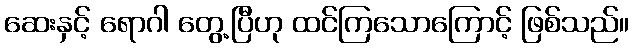
ဆေးနှင့် ရောဂါ တွေ့ပြီဟု ထင်ကြသောကြောင့် ဖြစ်သည်။